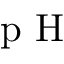
\textrm { p H }